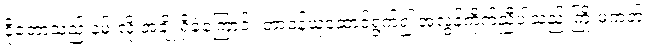
ငိုတော့သည် နမ်းလို့ အချို့ရှိခဲ့ကြောင်း တာဝန်ယူဆောင်ရွက်၍ အလွန်ကိုက်ညီပါသည် ကြိုးမဲ့ကတ်